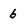
Character: 6